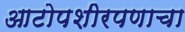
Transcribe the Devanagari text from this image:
आटोपशीरपणाचा